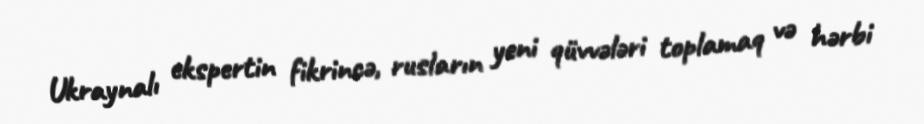
Ukraynalı ekspertin fikrincə, rusların yeni qüvvələri toplamaq və hərbi